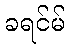
ခရင်မ်